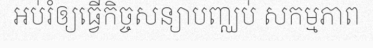
អប់រំឲ្យធ្វើកិច្ចសន្យាបញ្ឈប់ សកម្មភាព